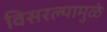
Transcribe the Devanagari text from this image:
विसरल्यामुळे